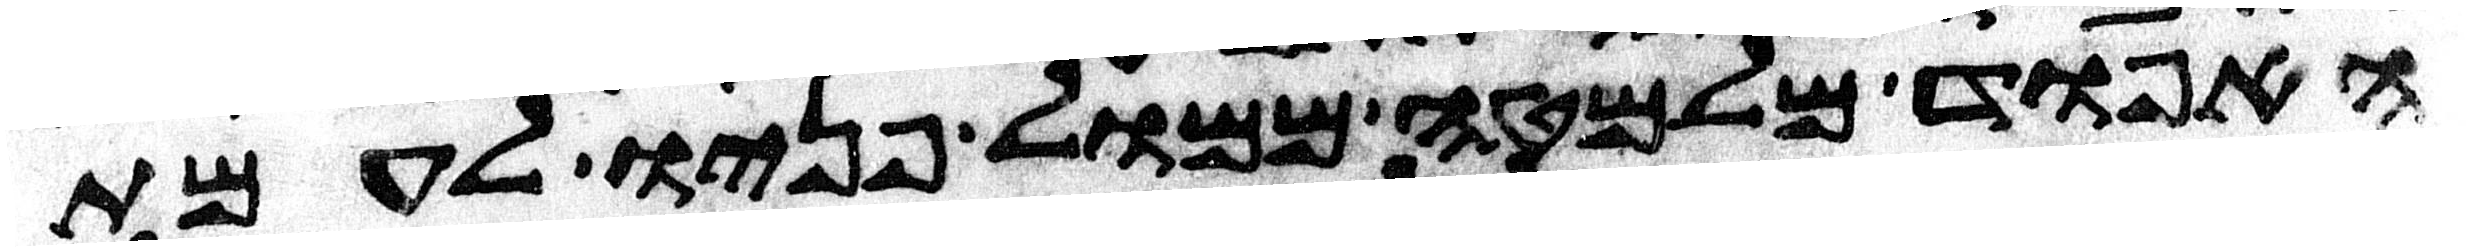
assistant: האפוד מלמטה ממול פניו לעמת